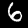
Digit: 6